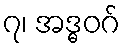
၇၊ အဒ္ဓဝဂ်